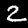
Digit: 2